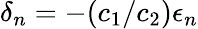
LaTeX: \delta_{n}=-(c_{1}/c_{2})\epsilon_{n}